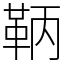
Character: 鞆